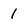
Character: 1